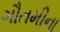
ગૌતમીના